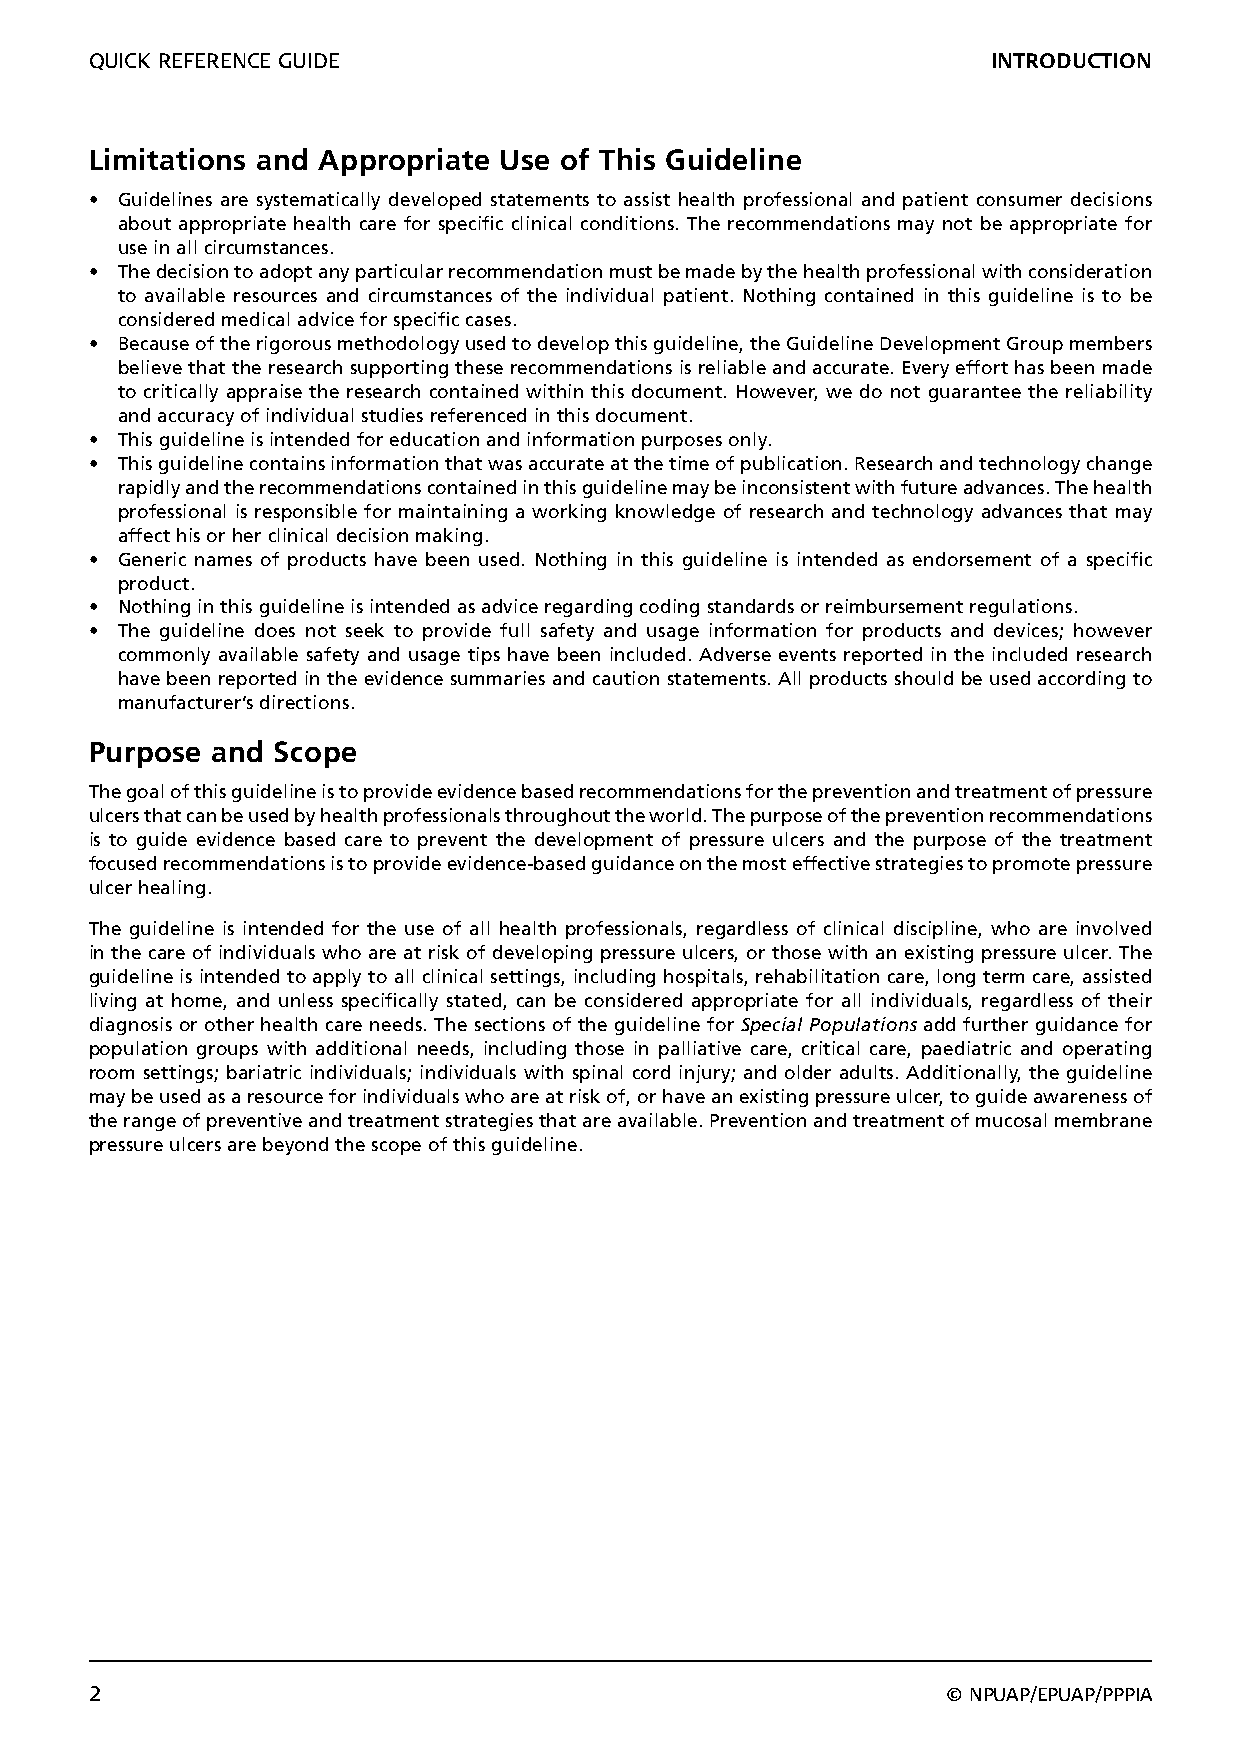
QUICK REFERENCE GUIDE                                       INTRODUCTION
 Limitations and Appropriate Use of This Guideline
 • Guidelines are systematically developed statements to assist health professional and patient consumer decisions
 about appropriate health care for specific clinical conditions. The recommendations may not be appropriate for
 use in all circumstances.
 • The decision to adopt any particular recommendation must be made by the health professional with consideration
 to available resources and circumstances of the individual patient. Nothing contained in this guideline is to be
 considered medical advice for specific cases.
 • Because of the rigorous methodology used to develop this guideline, the Guideline Development Group members
 believe that the research supporting these recommendations is reliable and accurate. Every effort has been made
 to critically appraise the research contained within this document. However, we do not guarantee the reliability
 and accuracy of individual studies referenced in this document.
 • This guideline is intended for education and information purposes only.
 • This guideline contains information that was accurate at the time of publication. Research and technology change
 rapidly and the recommendations contained in this guideline may be inconsistent with future advances. The health
 professional is responsible for maintaining a working knowledge of research and technology advances that may
 affect his or her clinical decision making.
 • Generic names of products have been used. Nothing in this guideline is intended as endorsement of a specific
 product.
 • Nothing in this guideline is intended as advice regarding coding standards or reimbursement regulations.
 • The guideline does not seek to provide full safety and usage information for products and devices; however
 commonly available safety and usage tips have been included. Adverse events reported in the included research
 have been reported in the evidence summaries and caution statements. All products should be used according to
 manufacturer’s directions.
 Purpose and Scope
 The goal of this guideline is to provide evidence based recommendations for the prevention and treatment of pressure
 ulcers that can be used by health professionals throughout the world. The purpose of the prevention recommendations
 is to guide evidence based care to prevent the development of pressure ulcers and the purpose of the treatment
 focused recommendations is to provide evidence-based guidance on the most effective strategies to promote pressure
 ulcer healing.
 The guideline is intended for the use of all health professionals, regardless of clinical discipline, who are involved
 in the care of individuals who are at risk of developing pressure ulcers, or those with an existing pressure ulcer. The
 guideline is intended to apply to all clinical settings, including hospitals, rehabilitation care, long term care, assisted
 living at home, and unless specifically stated, can be considered appropriate for all individuals, regardless of their
 diagnosis or other health care needs. The sections of the guideline for Special Populations add further guidance for
 population groups with additional needs, including those in palliative care, critical care, paediatric and operating
 room settings; bariatric individuals; individuals with spinal cord injury; and older adults. Additionally, the guideline
 may be used as a resource for individuals who are at risk of, or have an existing pressure ulcer, to guide awareness of
 the range of preventive and treatment strategies that are available. Prevention and treatment of mucosal membrane
 pressure ulcers are beyond the scope of this guideline.
 2                                                        © NPUAP/EPUAP/PPPIA